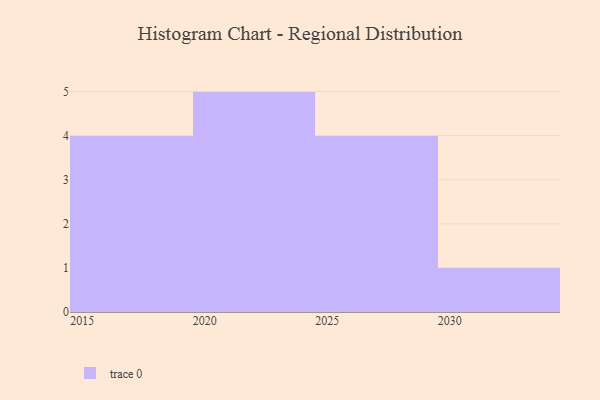
{"axis": {"x": "Year", "y": "Shipments"}, "legend": [""], "data": [{"x": "2015", "y": 29, "type": ""}, {"x": "2022", "y": 23, "type": ""}, {"x": "2029", "y": 82, "type": ""}, {"x": "2028", "y": 40, "type": ""}, {"x": "2030", "y": 43, "type": ""}, {"x": "2023", "y": 39, "type": ""}, {"x": "2019", "y": 88, "type": ""}, {"x": "2024", "y": 39, "type": ""}, {"x": "2025", "y": 28, "type": ""}, {"x": "2020", "y": 97, "type": ""}, {"x": "2018", "y": 79, "type": ""}, {"x": "2021", "y": 78, "type": ""}, {"x": "2016", "y": 13, "type": ""}, {"x": "2026", "y": 69, "type": ""}]}